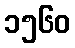
၁၅၆၀